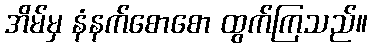
အိမ်မှ နံနက်စောစော ထွက်ကြသည်။